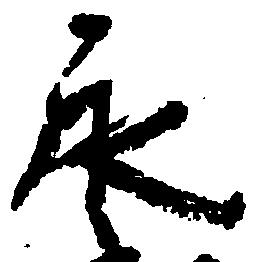
永